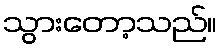
သွားတော့သည်။